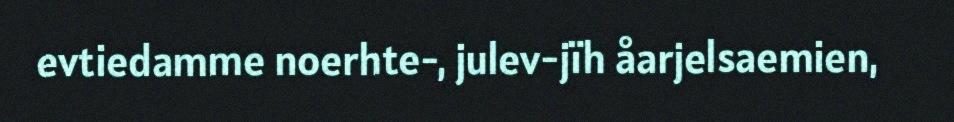
evtiedamme noerhte-, julev-jïh åarjelsaemien,